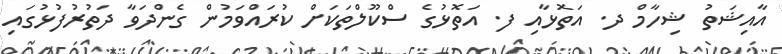
އާއިޝަތު ޝިހާމް ދ. އަތޮޅާއި ފ. އަތޮޅުގެ ސްކޫލްތަކަށް ކުރައްވަމުން ގެންދަވާ ދަތުރުފުޅުގައި